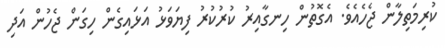
ކުރިމަތިލާން ޖެހެއެވެ. އެގޮތުން ހިނގާއިރު ކުރުކުރު ފިޔަވަޅު އަޅައިގެން ހިގަން ޖެހުން އަދި